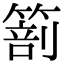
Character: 𥰵